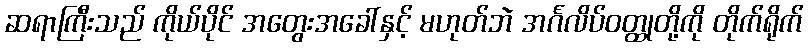
ဆရာကြီးသည် ကိုယ်ပိုင် အတွေးအခေါ်နှင့် မဟုတ်ဘဲ အင်္ဂလိပ်ဝတ္ထုတို့ကို တိုက်ရိုက်